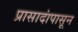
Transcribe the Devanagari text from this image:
प्रासादांपासून